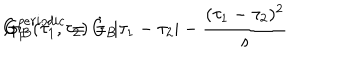
LaTeX: G _ { F } ^ { p e r i o d i c } = \dot { G } _ { B } \hspace { . 5 c m } , \hspace { . 5 c m } G _ { B } ( \tau _ { 1 } , \tau _ { 2 } ) = | \tau _ { 1 } - \tau _ { 2 } | - \frac { ( \tau _ { 1 } - \tau _ { 2 } ) ^ { 2 } } { s }